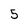
Character: 5